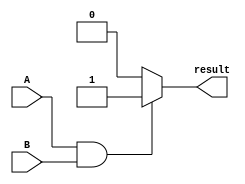
`timescale 1ns / 1ps
//////////////////////////////////////////////////////////////////////////////////
// Carlos Perez, Ramos Jiuru Chen
// 
//////////////////////////////////////////////////////////////////////////////////

module And(A, B, result);
	input A, B;
	output reg result;

	initial begin
		result <= 0;
	end
	
	always @(*) begin
		if (A == 1 && B == 1) begin
			result <= 1;
		end
		else begin
			result <= 0;
		end
	end
	
endmodule